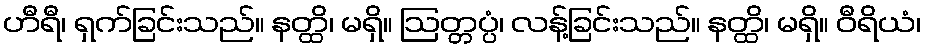
ဟီရီ၊ ရှက်ခြင်းသည်။ နတ္ထိ၊ မရှိ။ ဩတ္တပ္ပံ၊ လန့်ခြင်းသည်။ နတ္ထိ၊ မရှိ။ ဝီရိယံ၊